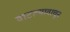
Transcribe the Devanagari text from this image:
वाटल्यावाचून